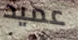
عميد